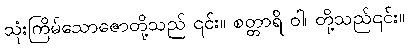
သုံးကြိမ်သောဇောတို့သည် ၎င်း။ စတ္တာရိ ဝါ၊ တို့သည်၎င်း။